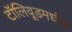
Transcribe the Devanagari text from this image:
टॉलिवूडमधील